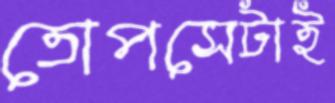
তোপসেটাই